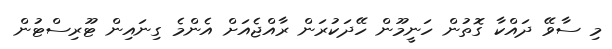
މި ސާވޭ ދައްކާ ގޮތުން ހަނީމޫން ހޭދަކުރަން ރާއްޖެއަށް އެންމެ ގިނައިން ޓޫރިސްޓުން